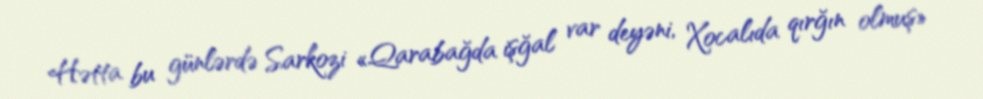
Hətta bu günlərdə Sarkozi «Qarabağda işğal var deyəni, Xocalıda qırğın olmuş»